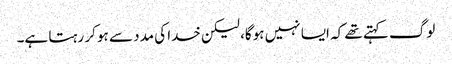
لوگ کہتے تھے کہ ایسا نہیں ہوگا، لیکن خدا کی مدد سے ہو کر رہتا ہے۔